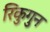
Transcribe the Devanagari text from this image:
रिकुगुन